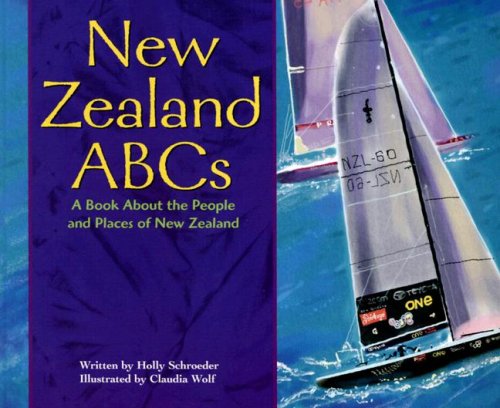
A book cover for New Zealand ABCs: A Book About the People and Places of New Zealand (Country ABCs); Holly Schroeder; History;